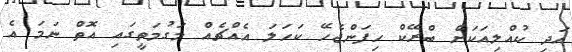
އަދި ކުއްލިއަކަށް ބްރޭކް ހިފަންޖެހޭ ކަހަލަ އެއްޗެއް މަގުމަތީގައި އޮތް ނަމަ އެ